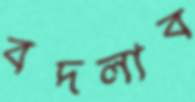
বদলাব